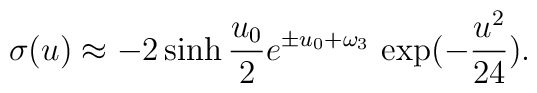
\sigma(u)\approx -2\sinh{u_0\over2}   e^{\pm u_0+\omega_3}\,\exp(-{u^2\over{24}}).